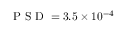
\mathrm { ~ P ~ S ~ D ~ } = 3 . 5 \times 1 0 ^ { - 4 }